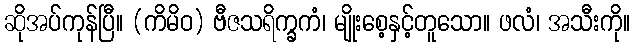
ဆိုအပ်ကုန်ပြီ။ (ကိမိဝ) ဗီဇသရိက္ခကံ၊ မျိုးစေ့နှင့်တူသော။ ဖလံ၊ အသီးကို။